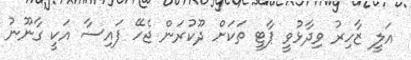
އަލީ ޒާހިރު ވިދާޅުވީ ޕާޓީ ތަކަށް ދޫކުރަން ޖެހޭ ފައިސާ އަކީ ގާނޫނު